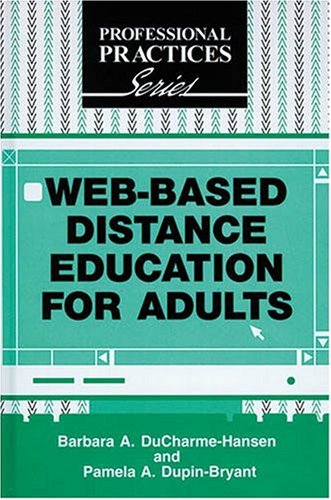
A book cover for Web-Based Distance Education for Adults (The Professional Practices in Adult Education and Lifelong Learning Series); Barbara A. Ducharme-Hansen; Computers & Technology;